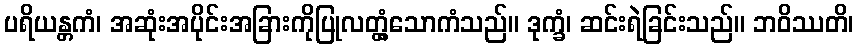
ပရိယန္တကံ၊ အဆုံးအပိုင်းအခြားကိုပြုလတ္တံ့သောကံသည်။ ဒုက္ခံ၊ ဆင်းရဲခြင်းသည်။ ဘဝိဿတိ၊